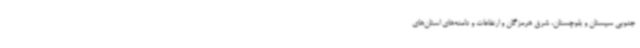
جنوبی سیستان و بلوچستان، شرق هرمزگان و ارتفاعات و دامنه‌های استان‌های